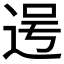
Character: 𮞐